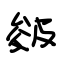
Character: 皴